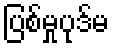
ပြစ်မှုပုဒ်မ